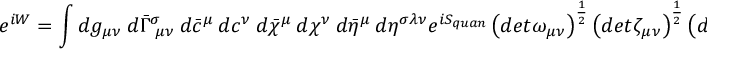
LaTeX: e ^ { i W } = \int d g _ { \mu \nu } ~ d \bar { \Gamma } _ { ~ \mu \nu } ^ { \sigma } ~ d \bar { c } ^ { \mu } ~ d c ^ { \nu } ~ d \bar { \chi } ^ { \mu } ~ d \chi ^ { \nu } ~ d \bar { \eta } ^ { \mu } ~ d \eta ^ { \sigma \lambda \nu } e ^ { i S _ { q u a n } } \left( d e t \omega _ { \mu \nu } \right) ^ { \frac { 1 } { 2 } } \left( d e t \zeta _ { \mu \nu } \right) ^ { \frac { 1 } { 2 } } \left( d e t \varsigma _ { \mu \nu } \right) ^ { \frac { 1 } { 2 } }